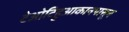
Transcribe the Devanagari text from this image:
टेओटिहुआकानपासून